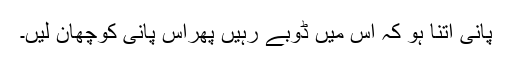
پانی اتنا ہو کہ اس میں ڈوبے رہیں پھراس پانی کوچھان لیں۔